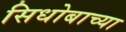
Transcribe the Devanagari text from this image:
सिधोबाच्या